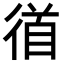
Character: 𭛼